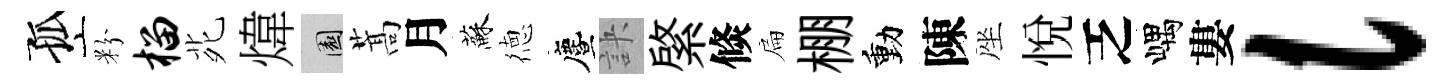
孤粉榴𫟍煒園蒿月蘇徳󵨌訣綮倐扁棚動陳座悦乏嵎婁l